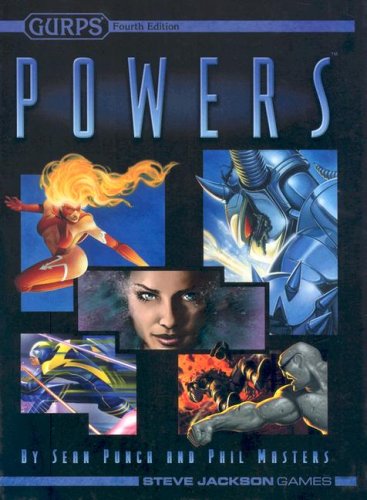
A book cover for Gurps Powers, Fourth Edition; Sean Punch; Science Fiction & Fantasy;